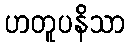
ဟတူပနိသာ